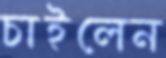
চাইলেন